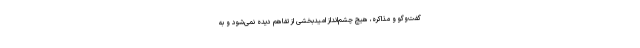
گفت‌وگو و مذاکره، هیچ چشم‌انداز امیدبخشی از تفاهم دیده نمی‌شود و به